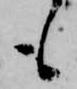
も